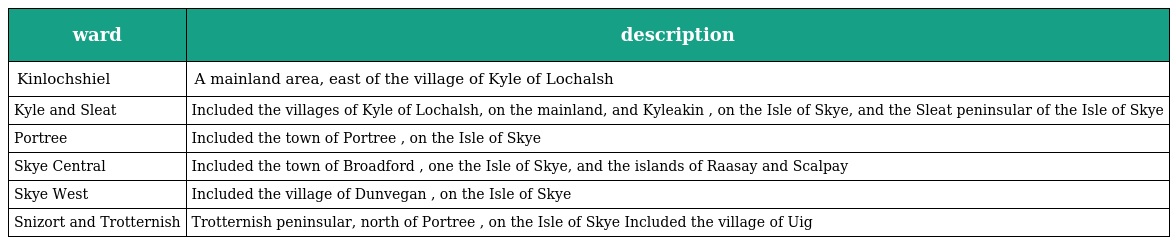
| ward | description |
 | --- | --- |
 | Kinlochshiel | A mainland area, east of the village of Kyle of Lochalsh |
 | Kyle and Sleat | Included the villages of Kyle of Lochalsh, on the mainland, and Kyleakin , on the Isle of Skye, and the Sleat peninsular of the Isle of Skye |
 | Portree | Included the town of Portree , on the Isle of Skye |
 | Skye Central | Included the town of Broadford , one the Isle of Skye, and the islands of Raasay and Scalpay |
 | Skye West | Included the village of Dunvegan , on the Isle of Skye |
 | Snizort and Trotternish | Trotternish peninsular, north of Portree , on the Isle of Skye Included the village of Uig |